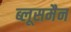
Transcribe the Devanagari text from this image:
ब्लूसमैन